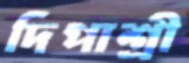
দিপাশ্রী